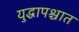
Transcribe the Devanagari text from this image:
युद्धापश्चात